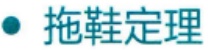
拖鞋定理